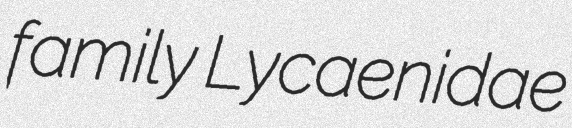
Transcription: family Lycaenidae